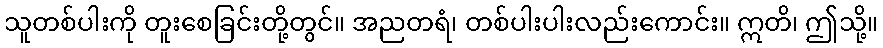
သူတစ်ပါးကို တူးစေခြင်းတို့တွင်။ အညတရံ၊ တစ်ပါးပါးလည်းကောင်း။ ဣတိ၊ ဤသို့။